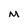
Character: m